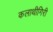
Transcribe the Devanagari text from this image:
कलाथीगिरी